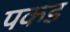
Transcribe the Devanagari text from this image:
पकड